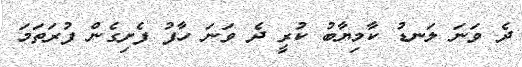
ދެ ވަނަ ލަނޑު ކާމިޔާބު ކުރީ ދެ ވަނަ ހާފު ފެށިގެން ފުރަތަމަ